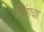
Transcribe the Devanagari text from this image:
सिंगचा